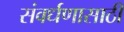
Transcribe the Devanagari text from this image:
संवर्धणासाठी